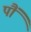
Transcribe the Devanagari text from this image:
पौं